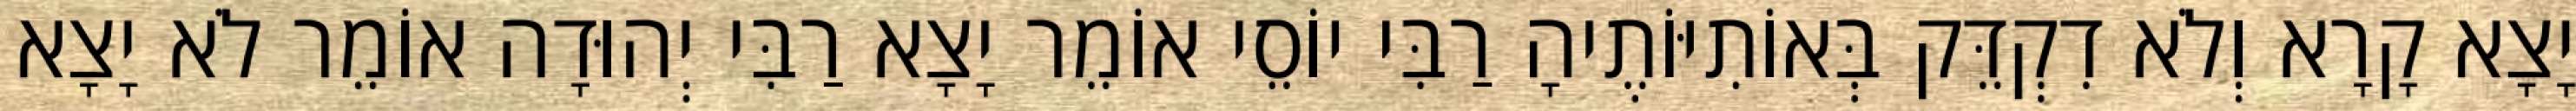
יָצָא קָרָא וְלֹא דִקְדֵּק בְּאוֹתִיּוֹתֶיהָ רַבִּי יוֹסֵי אוֹמֵר יָצָא רַבִּי יְהוּדָה אוֹמֵר לֹא יָצָא